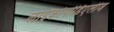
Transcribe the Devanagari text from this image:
लाइकोपोडिएलीज